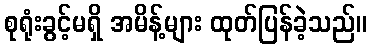
စုရုံးခွင့်မရှိ အမိန့်များ ထုတ်ပြန်ခဲ့သည်။